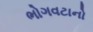
ભોગવટાનો